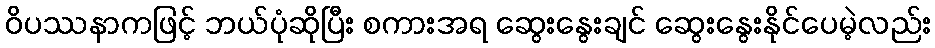
ဝိပဿနာကဖြင့် ဘယ်ပုံဆိုပြီး စကားအရ ဆွေးနွေးချင် ဆွေးနွေးနိုင်ပေမဲ့လည်း